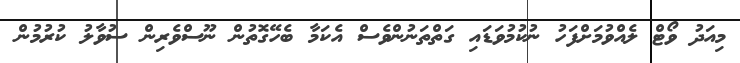
މިއަދު ވޯޓް ލެއްވުމަށްފަހު ނުކުމުވަޑައި ގަތްތަނުންވެސް އެކަމާ ބެހޭގޮތުން ނޫސްވެރިން ސުވާލު ކުރުމުން